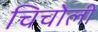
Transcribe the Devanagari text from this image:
चिचोली